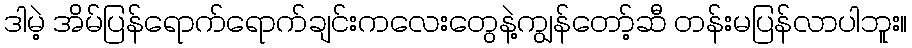
ဒါမဲ့ အိမ်ပြန်ရောက်ရောက်ချင်းကလေးတွေနဲ့ကျွန်တော့်ဆီ တန်းမပြန်လာပါဘူး။